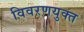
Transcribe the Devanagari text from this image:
विवरणयुक्त